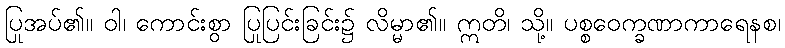
ပြုအပ်၏။ ဝါ၊ ကောင်းစွာ ပြုပြင်းခြင်း၌ လိမ္မာ၏။ ဣတိ၊ သို့။ ပစ္စဝေက္ခဏာကာရေနစ၊